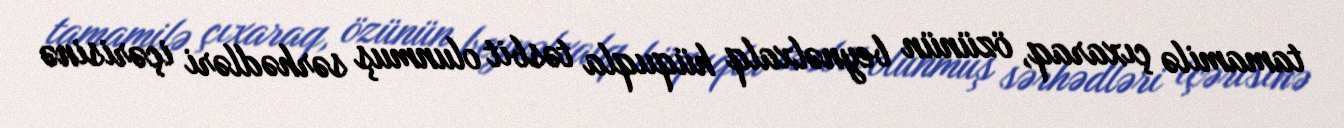
tamamilə çıxaraq, özünün beynəlxalq hüquqla təsbit olunmuş sərhədləri içərisinə